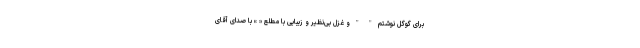
برای گوگل نوشتم " " و غزل بی‌نظیر و زیبایی با مطلع « » با صدای آقای